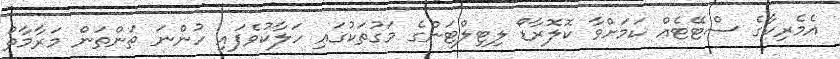
އެމެރިކާގެ ސްޓޭޓެއް ކަމަށްވާ ކޮލޮރާޑޯ ލިޓިލްޓަންގެ މަގުތަކުގައި ހަލާކުވެފައި ހުންނަ ތަންތަން މަރާމާތު